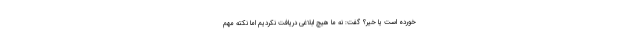
خورده است یا خیر؟ گفت: نه ما هیچ ابلاغی دریافت نکردیم اما نکته مهم